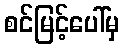
စင်မြင့်ပေါ်မှ